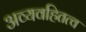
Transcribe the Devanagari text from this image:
अव्यवहितत्व